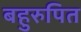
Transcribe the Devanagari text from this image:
बहुरुपित